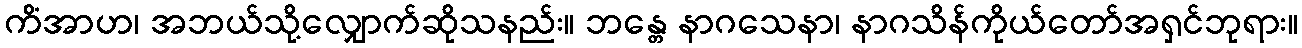
ကိံအာဟ၊ အဘယ်သို့လျှောက်ဆိုသနည်း။ ဘန္တေ နာဂသေနာ၊ နာဂသိန်ကိုယ်တော်အရှင်ဘုရား။